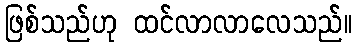
ဖြစ်သည်ဟု ထင်လာလာလေသည်။